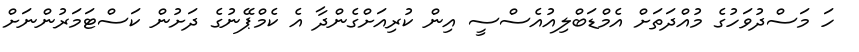
ހަ މަސްދުވަހުގެ މުއްދަތަށް އެމްޑަބްލިއުއެސްސީ އިން ކުރިއަށްގެންދާ އެ ކެމްޕޭނުގެ ދަށުން ކަސްޓަމަރުންނަށް